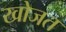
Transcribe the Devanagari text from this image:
खोजत